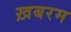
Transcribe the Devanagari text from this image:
ख़बरम